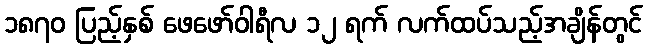
၁၈၇၀ ပြည့်နှစ် ဖေဖော်ဝါရီလ ၁၂ ရက် လက်ထပ်သည့်အချိန်တွင်